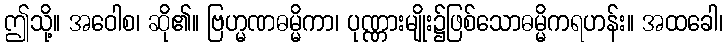
ဤသို့။ အဝေါစ၊ ဆို၏။ ဗြဟ္မဏဓမ္မိကာ၊ ပုဏ္ဏားမျိုး၌ဖြစ်သောဓမ္မိကရဟန်း။ အထခေါ၊